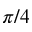
\pi / 4